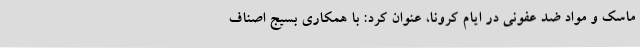
ماسک و مواد ضد عفونی در ایام کرونا، عنوان کرد: با همکاری بسیج اصناف